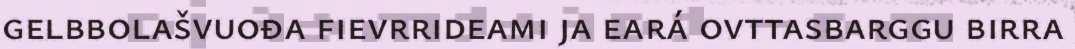
gelbbolašvuođa fievrrideami ja eará ovttasbarggu birra